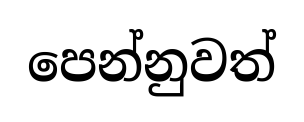
පෙන්නුවත්